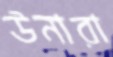
উনারা